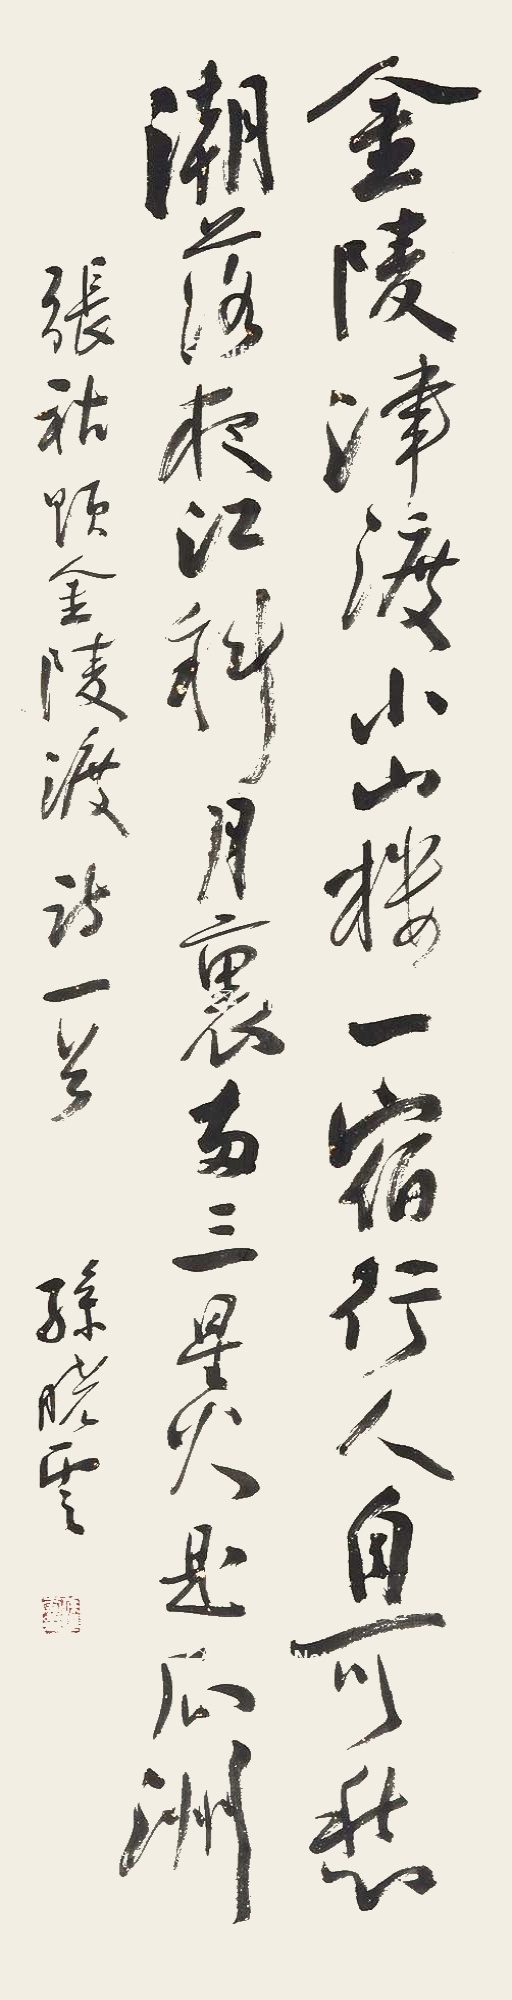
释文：金陵津渡小山楼，一宿行人自可愁。潮落夜江斜月里，两三星火是瓜洲。张祜《题金陵渡》诗一首。孙晓云。